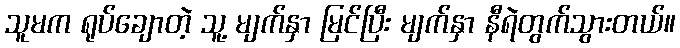
သူမက ရုပ်ချောတဲ့ သူ့ မျက်နှာ မြင်ပြီး မျက်နှာ နီရဲတွက်သွားတယ်။